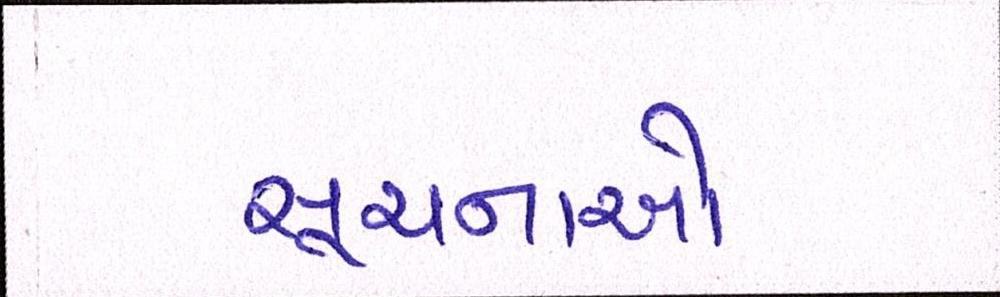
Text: સૂચનાઓ